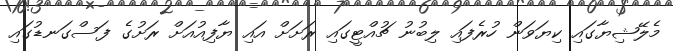
މެލޭޝިޔާގައި ކިޔަވަން ހުރެފައި ލިބުނު ޗުއްޓީގައި ރަށަށް އައި ޔާފިއުއަށް ރަށުގެ ފަސްގަނޑުގައި